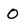
Character: O